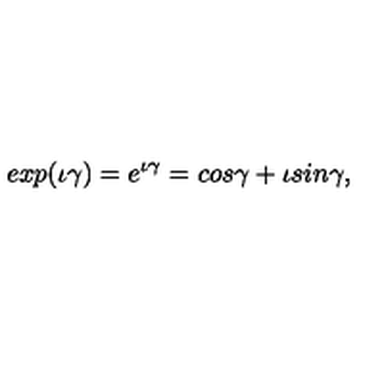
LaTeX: e x p ( \iota \gamma ) = e ^ { \iota \gamma } = c o s \gamma + \iota s i n \gamma ,